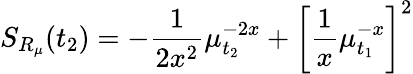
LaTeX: S_{R_{\mu}}(t_{2})=-\frac{1}{2x^{2}}\mu_{t_{2}}^{-2x}+\left[\frac{1}{x}\mu_{t_{1}}^{-x}\right]^{2}